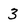
Character: 3